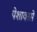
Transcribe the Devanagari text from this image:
पेशावरसे